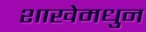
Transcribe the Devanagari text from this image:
शाखेमधुन